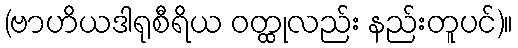
(ဗာဟိယဒါရုစီရိယ ဝတ္ထုလည်း နည်းတူပင်)။